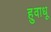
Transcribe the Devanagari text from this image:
हुवाधू